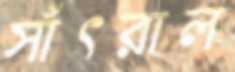
সাঁৎরাল